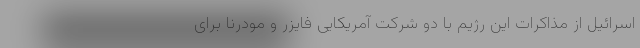
اسرائیل از مذاکرات این رژیم با دو شرکت آمریکایی فایزر و مودرنا برای